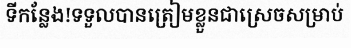
ទីកន្លែង!ទទួលបានត្រៀមខ្លួនជាស្រេចសម្រាប់